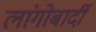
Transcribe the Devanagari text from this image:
लांगोबार्दी